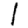
Digit: 1